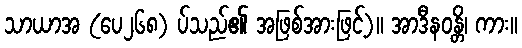
သာယာအ (ပေ၂၆၈) ပ်သည်၏ အဖြစ်အားဖြင့်)။ အာဒီနဝန္တိ၊ ကား။